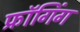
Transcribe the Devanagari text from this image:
फ्रॉगिंग